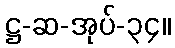
ဋ္ဌ-ဆ-အုပ်-၃၄။